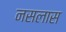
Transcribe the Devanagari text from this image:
नसलास